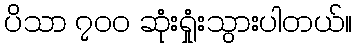
ပိသာ ၇၀၀ ဆုံးရှုံးသွားပါတယ်။